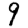
Digit: 9